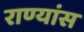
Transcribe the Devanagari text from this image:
राण्यांस